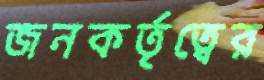
জনকর্তৃত্বের